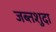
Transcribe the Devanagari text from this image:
जब्तशुदा